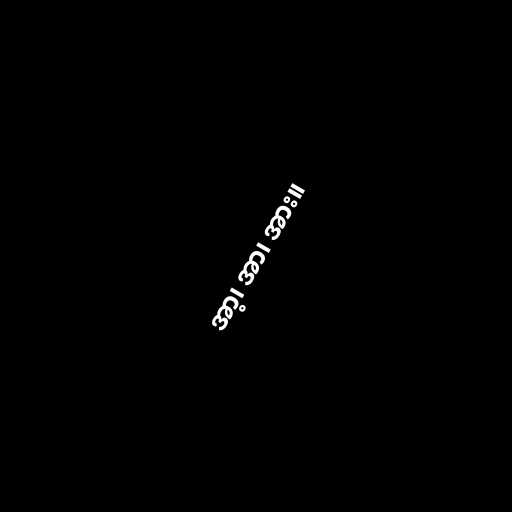
အာ့၊ အာ၊ အား။